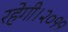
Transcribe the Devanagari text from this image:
रहेगी।२०११